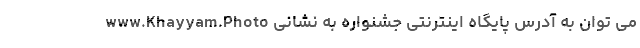
می توان به آدرس ‌پایگاه ‌اینترنتی ‌جشنواره به ‌نشانی www.Khayyam.Photo